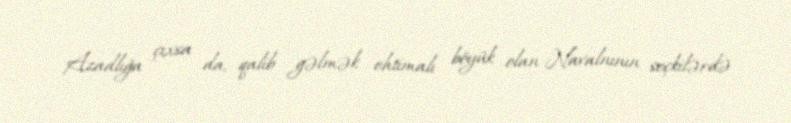
Azadlığa çıxsa da, qalib gəlmək ehtimalı böyük olan Navalnının seçkilərdə